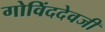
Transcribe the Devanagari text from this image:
गोविंददेवजी